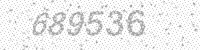
Solution: 689536